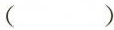
( )